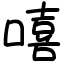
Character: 嘻